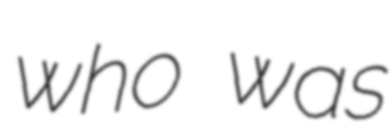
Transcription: who was